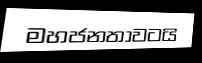
මහජනතාවටයි